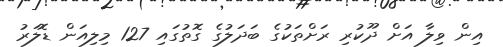
އިން ވިލާ އަށް ދޫކުރި ރަށްތަކުގެ ބަދަލުގެ ގޮތުގައި 127 މިލިއަން ޑޮލަރު